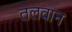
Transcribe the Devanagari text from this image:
तलवान